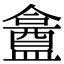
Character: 盫